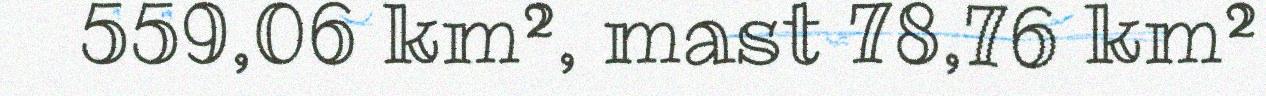
559,06 km², mast 78,76 km²